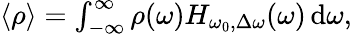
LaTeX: \begin{array}{r}{\langle\rho\rangle=\int_{-\infty}^{\infty}\rho(\omega)H_{\omega_{0},\Delta\omega}(\omega)\, \mathrm{d}\omega,}\end{array}